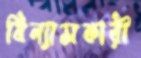
বিন্যাসকারী